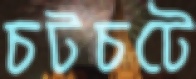
চটচটে